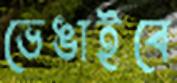
ভেঙাইবে